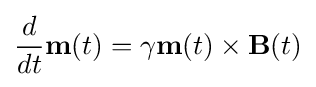
{\frac {d}{dt}}\mathbf {m} (t)=\gamma \mathbf {m} (t)\times \mathbf {B} (t)